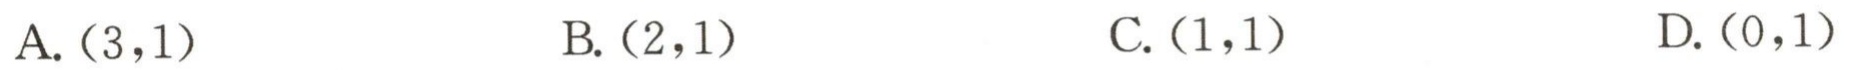
A. \((3,1)\)

B. \((2,1)\)

C. \((1,1)\)

D. \((0,1)\)